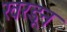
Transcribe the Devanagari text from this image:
खरडून